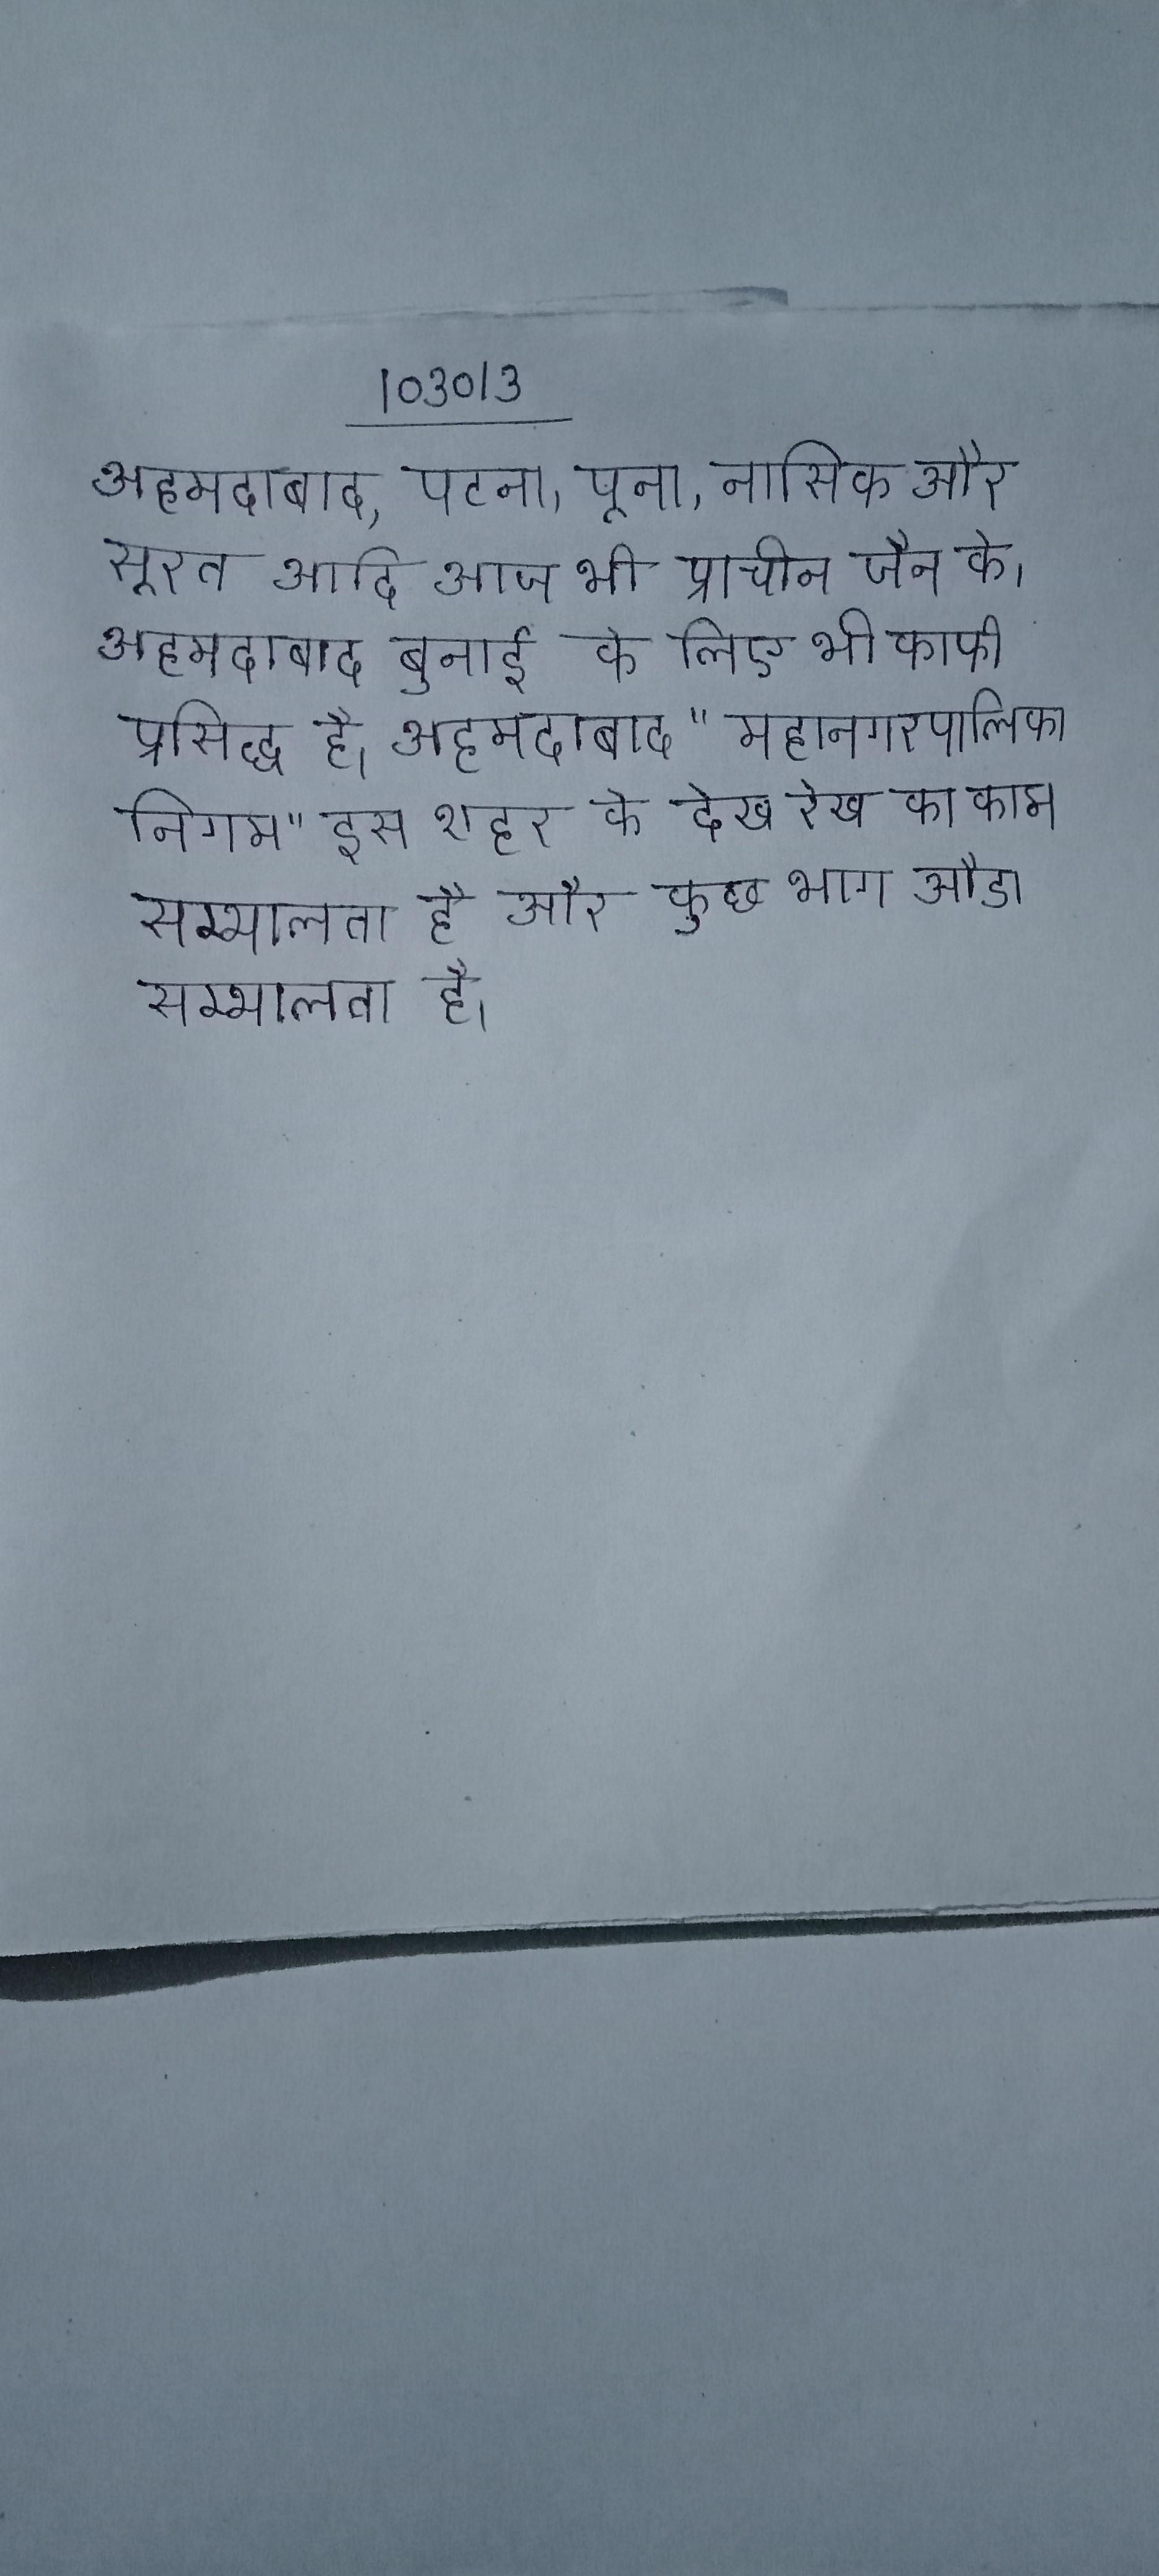
अहमदाबाद, पटना, पूना, नासिक और सूरत आदि आज भी प्राचीन जैन के । अहमदाबाद बुनाई के लिए भी काफी प्रसिद्ध है । अहमदाबाद "महानगरपालिका निगम" इस शहर के देख रेख का काम सम्भालता है और कुछ भाग औडा सम्भालता है ।